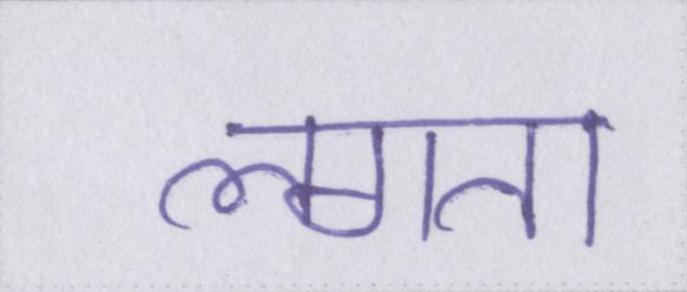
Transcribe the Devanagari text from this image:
लगता